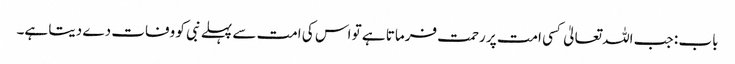
باب : جب اللہ تعالیٰ کسی امت پر رحمت فرماتا ہے تو اس کی امت سے پہلے نبی کو وفات دے دیتا ہے۔